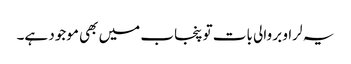
یہ لراو بر والی بات تو پنجاب میں بھی موجود ہے۔